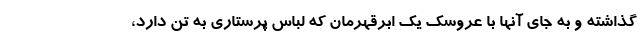
گذاشته و به جای آنها با عروسک یک ابرقهرمان که لباس پرستاری به تن دارد،